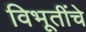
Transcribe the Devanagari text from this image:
विभूतींचे